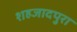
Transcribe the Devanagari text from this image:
शहजादपुरा